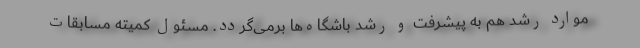
موارد رشد هم به پیشرفت و رشد باشگاه‌ها برمی‌گردد. مسئول کمیته مسابقات